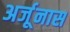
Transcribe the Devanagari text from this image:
अर्जूनास